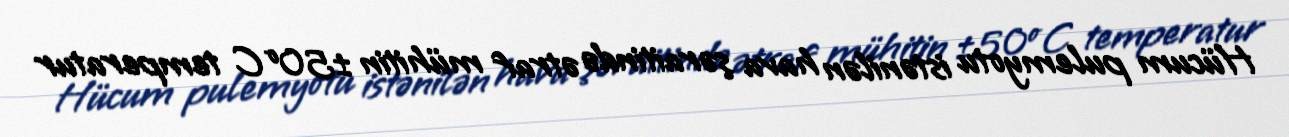
Hücum pulemyotu istənilən hava şəraitində ətraf mühitin ±50ºC temperatur